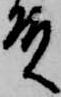
殿